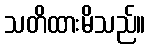
သတိထားမိသည်။